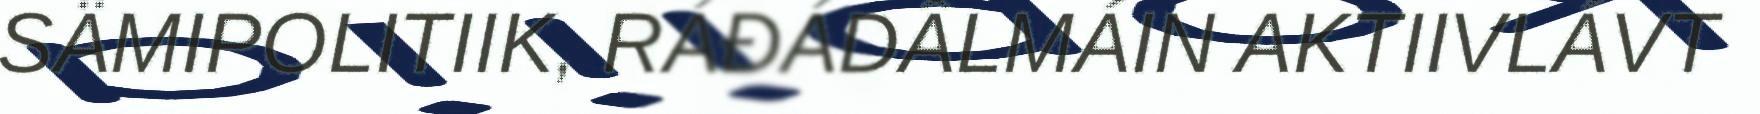
SÄMIPOLITIIK, RÁĐÁDÂLMÁIN AKTIIVLÁVT